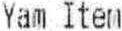
YAM ITEM